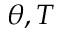
\theta , T